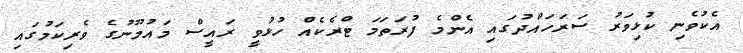
އެކުވެނި ކުޅިވަރު ސަރަހައްދުގައި އެންމެ ފުރަތަމަ ޓްރެކެއް ހުޅުވީ ރައީސް މައުމޫނުގެ ވެރިކަމުގައި